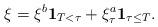
LaTeX: \begin{align*}\xi=\xi^b \mathbf{1}_{T<\tau} + \xi^a_\tau \mathbf{1}_{\tau \leq T}.\end{align*}